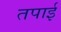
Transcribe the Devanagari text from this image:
तपाई